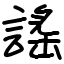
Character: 謠